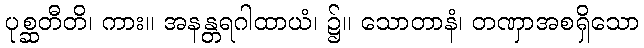
ပုစ္ဆတီတိ၊ ကား။ အနန္တရဂါထာယံ၊ ၌။ သောတာနံ၊ တဏှာအစရှိသော